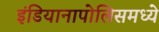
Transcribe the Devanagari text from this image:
इंडियानापोलिसमध्ये